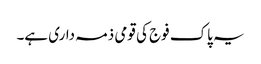
یہ پاک فوج کی قومی ذمہ داری ہے۔